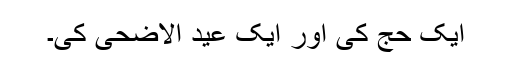
ایک حج کی اور ایک عید الاضحیٰ کی۔